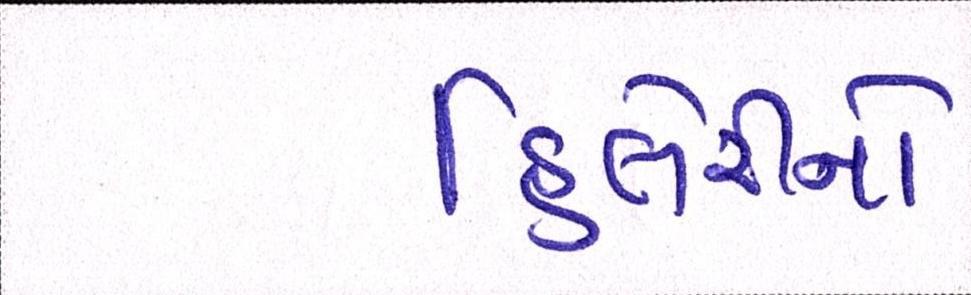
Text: હિલેરીનો